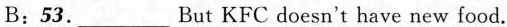
B:53.___ But KFC doesn't have new food.